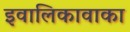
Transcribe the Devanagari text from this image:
इवालिकावाका